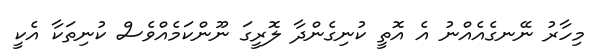
މިހާރު ނޭނގެއެއްނު އެ އޮތީ ކުނިގެންދާ ލޮރީގަ ނޫންކަމެއްވެސް ކުނިތަކާ އެކީ